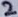
Text: 2